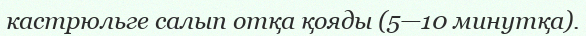
кастрюльге салып отқа қояды (5—10 минутқа).